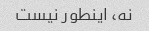
نه، اینطور نیست